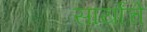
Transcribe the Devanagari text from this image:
सार्यांचे